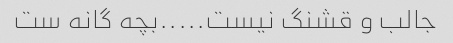
جالب و قشنگ نیست.....بچه گانه ست